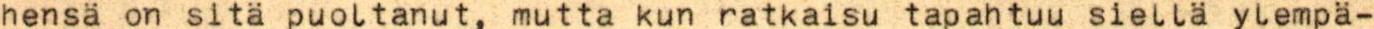
hensä on sitä puoltanut, mutta kun ratkaisu tapahtuu siellä ylempä-